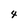
Character: 4